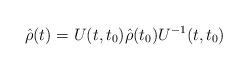
LaTeX: \begin{align*}\hat{\rho}(t) = U(t,t_0)\hat{\rho}(t_0)U^{-1}(t,t_0) \end{align*}